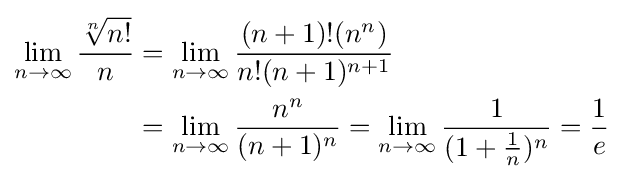
{\begin{aligned}\lim _{n\to \infty }{\frac {\sqrt[{n}]{n!}}{n}}&=\lim _{n\to \infty }{\frac {(n+1)!(n^{n})}{n!(n+1)^{n+1}}}\\&=\lim _{n\to \infty }{\frac {n^{n}}{(n+1)^{n}}}=\lim _{n\to \infty }{\frac {1}{(1+{\frac {1}{n}})^{n}}}={\frac {1}{e}}\end{aligned}}